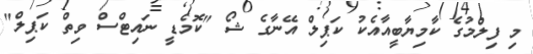
މި ފިލްމުގެ ކާމިޔާބީއާއެކު ކަޕިލް އޭނާގެ ޝޯ "ކޮމެޑީ ނައިޓްސް ވިތް ކަޕިލް"